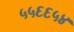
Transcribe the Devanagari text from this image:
५५६६५४